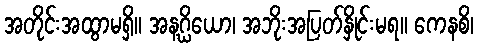
အတိုင်းအထွာမရှိ။ အနဂ္ဃိယော၊ အဘိုးအပြတ်နှိုင်းမရ။ ကေနစိ၊